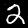
Label: 2